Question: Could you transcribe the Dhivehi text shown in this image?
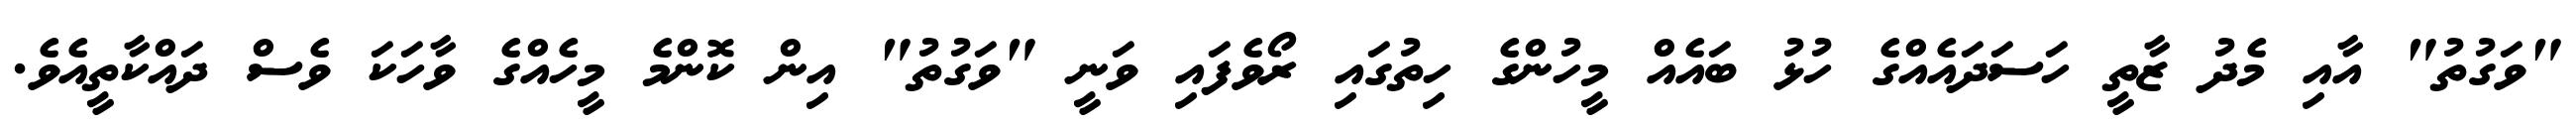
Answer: "ވަގުތު" އާއި މެދު ޒާތީ ހަސަދައެއްގެ ހުޅު ބައެއް މީހުންގެ ހިތުގައި ރޯވެފައި ވަނީ "ވަގުތު" އިން ކޮންމެ މީހެއްގެ ވާހަކަ ވެސް ދައްކާތީއެވެ.